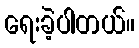
ရေးခဲ့ပါတယ်။